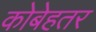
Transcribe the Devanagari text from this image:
कोबेहतर